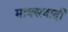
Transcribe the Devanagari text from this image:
माक्सवादी